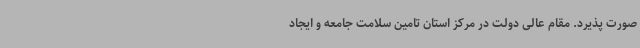
صورت پذیرد. مقام عالی دولت در مرکز استان تامین سلامت جامعه و ایجاد